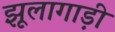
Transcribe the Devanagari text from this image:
झूलागाड़ी